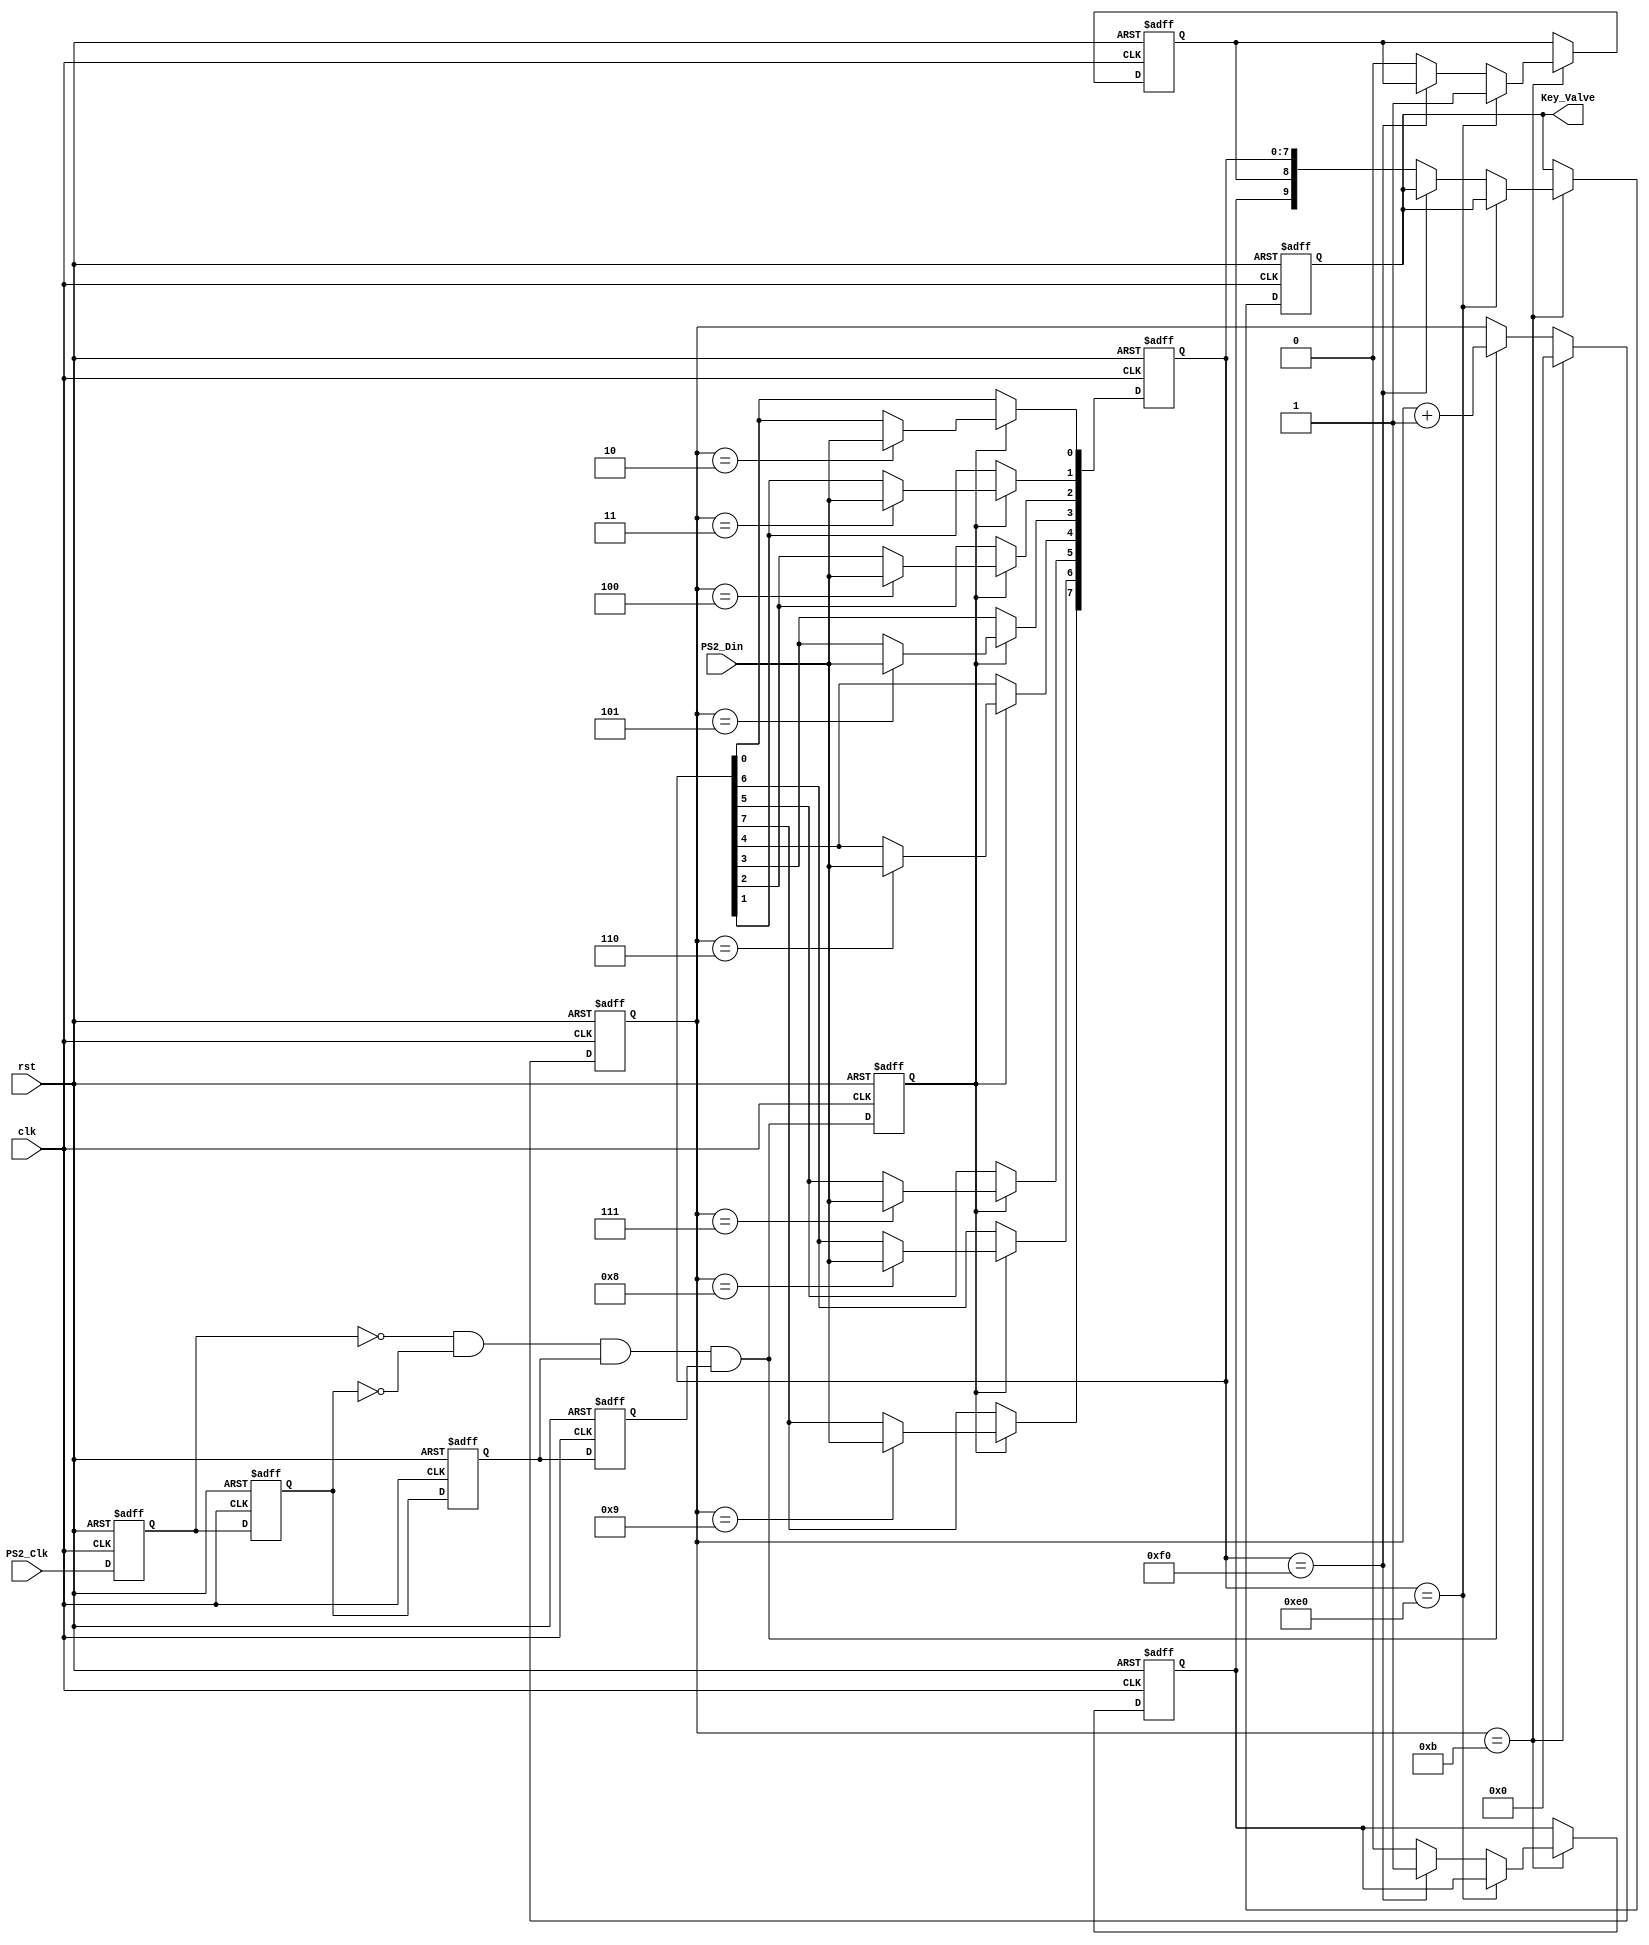
`timescale 1ns / 1ps
//////////////////////////////////////////////////////////////////////////////////
// Company: 
// Engineer: 
// 
// Design Name: 
// Module Name:    keyboard 
// Project Name: 
// Target Devices: 
// Tool versions: 
// Description: 
//
// Dependencies: 
//
// Revision: 
// Revision 0.01 - File Created
// Additional Comments: 
//
//////////////////////////////////////////////////////////////////////////////////
module keyboard_module(
	output reg [9:0] Key_Valve,
	input PS2_Clk,
	input PS2_Din,
	input clk,
	input rst
);

reg PS2_Clk_Tmp0,PS2_Clk_Tmp1,PS2_Clk_Tmp2,PS2_Clk_Tmp3;
wire nedge_PS2_Clk; /*PS2qUuxH*/
reg [3:0] Cnt1;

always@(posedge clk, posedge rst) begin
	if(rst) begin
		PS2_Clk_Tmp0 <= 1'b0;
		PS2_Clk_Tmp1 <= 1'b0;
		PS2_Clk_Tmp2 <= 1'b0;
		PS2_Clk_Tmp3 <= 1'b0;
	end
	else begin
		PS2_Clk_Tmp0 <= PS2_Clk;
		PS2_Clk_Tmp1 <= PS2_Clk_Tmp0;
		PS2_Clk_Tmp2 <= PS2_Clk_Tmp1;
		PS2_Clk_Tmp3 <= PS2_Clk_Tmp2;
	end
end

/*-------PSHUu*/
assign nedge_PS2_Clk = !PS2_Clk_Tmp0 & !PS2_Clk_Tmp1 & PS2_Clk_Tmp2 & PS2_Clk_Tmp3;
reg nedge_PS2_Clk_Shift;

/*PS2Uup*/

always@(posedge clk, posedge rst) begin
	if(rst)
		Cnt1 <= 4'd0;
	else if(Cnt1 == 4'd11)
		Cnt1 <= 4'd0;
	else if(nedge_PS2_Clk)
		Cnt1 <= Cnt1 + 1'b1;
	else
		Cnt1 <= Cnt1;
end

always@(posedge clk, posedge rst) begin
	if(rst)
		nedge_PS2_Clk_Shift <= 0;
	else
		nedge_PS2_Clk_Shift <= nedge_PS2_Clk;
end

/*8*/
reg [7:0] Data_tmp;

always@(posedge clk, posedge rst) begin
	if(rst)
		Data_tmp <= 8'd0;
	else if(nedge_PS2_Clk_Shift) begin
		case(Cnt1)
		4'd2:Data_tmp[0] <= PS2_Din;
		4'd3:Data_tmp[1] <= PS2_Din;
		4'd4:Data_tmp[2] <= PS2_Din;
		4'd5:Data_tmp[3] <= PS2_Din;
		4'd6:Data_tmp[4] <= PS2_Din;
		4'd7:Data_tmp[5] <= PS2_Din;
		4'd8:Data_tmp[6] <= PS2_Din;
		4'd9:Data_tmp[7] <= PS2_Din;
		default:Data_tmp <= Data_tmp;
		endcase
	end
	else
		Data_tmp <= Data_tmp;
end

reg Break_r,Long_Code_r;

always@(posedge clk, posedge rst) begin
	if(rst) begin
		Break_r <= 1'b0;
		Key_Valve <= 10'd0;
		Long_Code_r <= 1'b0;
	end
	else if(Cnt1 == 4'd11) begin
		if(Data_tmp == 8'hE0) /*P_O_X*/
			Long_Code_r <= 1'b1; /*NXxm1*/
		else if(Data_tmp == 8'hF0) /*P_O__X*/
			Break_r <= 1'b1; /*N_Xxm1*/		
		else begin /*qX*/
			Key_Valve <= {Break_r,Long_Code_r,Data_tmp};/*NXxB_XxMXXX*/
			Long_Code_r <= 1'b0; /*MsXx*/
			Break_r <= 1'b0; /*Ms_Xx*/
		end
	end
	else begin
		Key_Valve <= Key_Valve;
		Break_r <= Break_r;
		Long_Code_r <= Long_Code_r;	
	end
end


endmodule